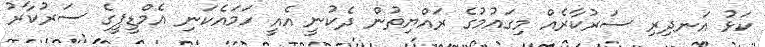
ކަޅު އަނދިރި ސަރުކާރެއް މިގައުމުގެ ރައްޔިތުން ދެކުނީ އެއީ ހަމައެކަނި އެމްޑީޕީގެ ސަރުކާރު